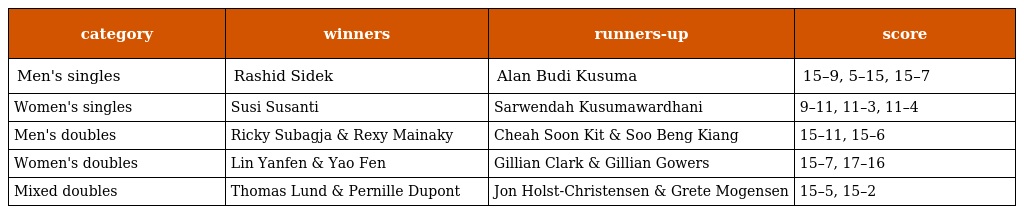
| category | winners | runners-up | score |
 | --- | --- | --- | --- |
 | Men's singles | Rashid Sidek | Alan Budi Kusuma | 15–9, 5–15, 15–7 |
 | Women's singles | Susi Susanti | Sarwendah Kusumawardhani | 9–11, 11–3, 11–4 |
 | Men's doubles | Ricky Subagja & Rexy Mainaky | Cheah Soon Kit & Soo Beng Kiang | 15–11, 15–6 |
 | Women's doubles | Lin Yanfen & Yao Fen | Gillian Clark & Gillian Gowers | 15–7, 17–16 |
 | Mixed doubles | Thomas Lund & Pernille Dupont | Jon Holst-Christensen & Grete Mogensen | 15–5, 15–2 |